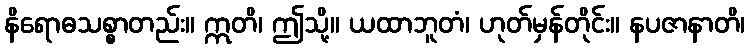
နိရောဓသစ္စာတည်း။ ဣတိ၊ ဤသို့။ ယထာဘူတံ၊ ဟုတ်မှန်တိုင်း။ နပဇာနာတိ၊